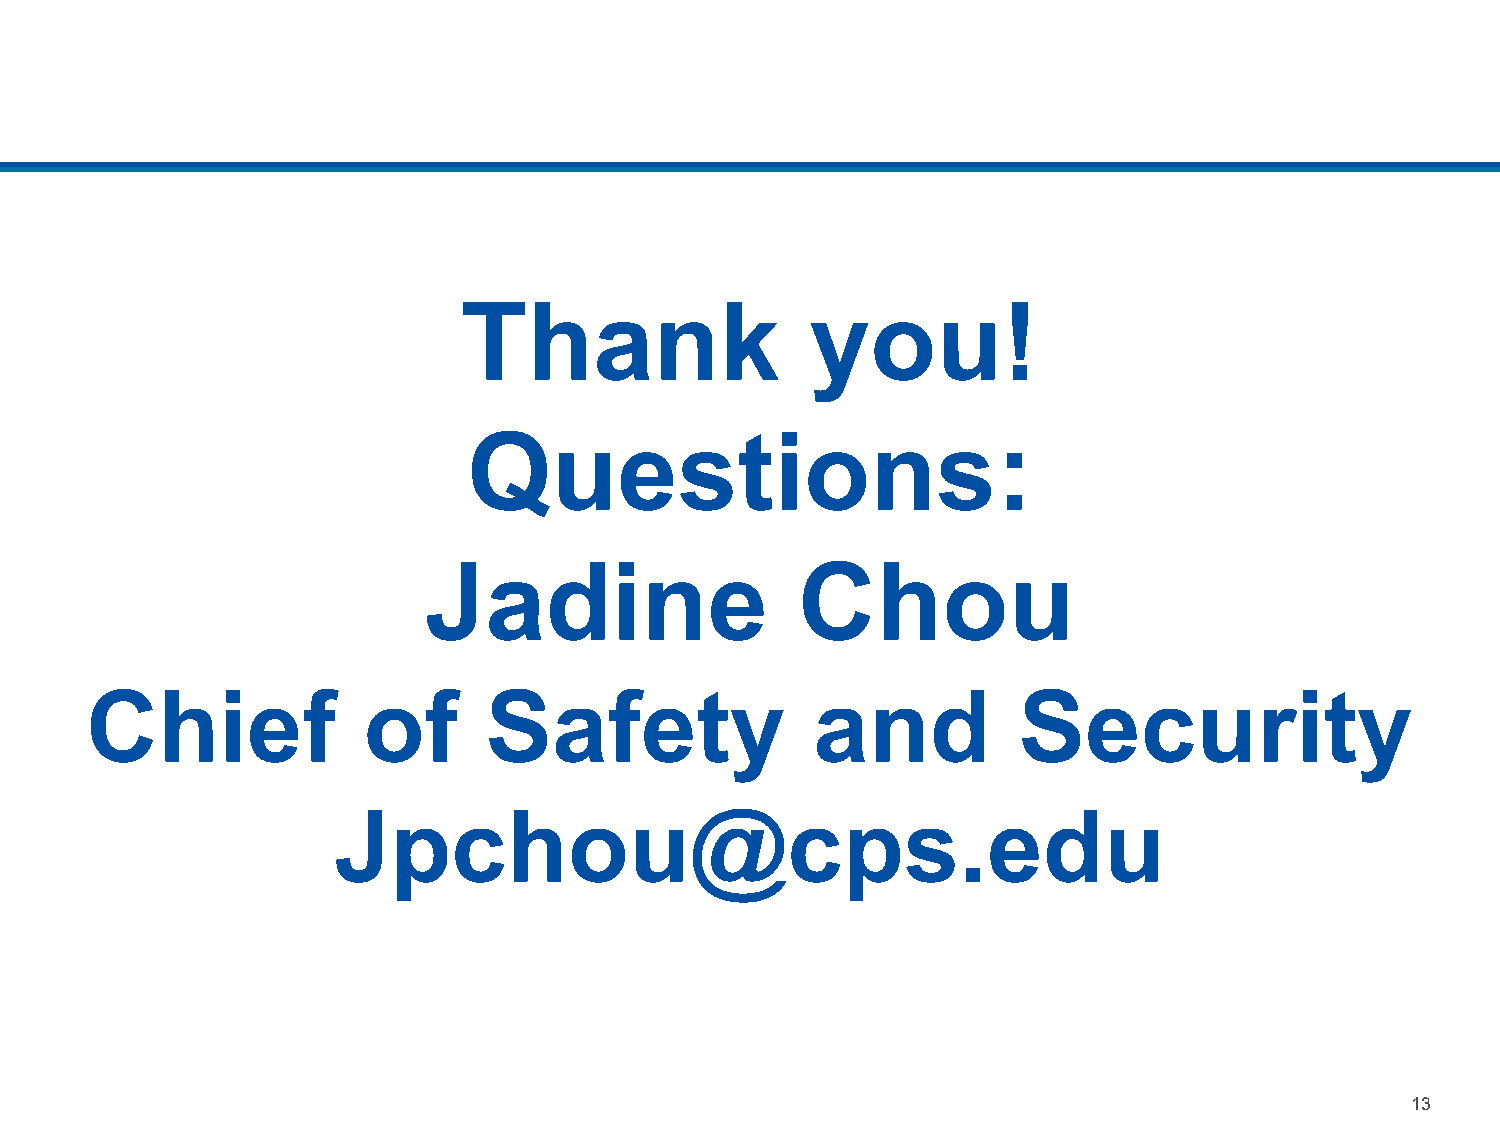
Thank                  you!
 Questions:
 Jadine                   Chou
 Chief             of      Safety                and          Security
 Jpchou@cps.edu
 13